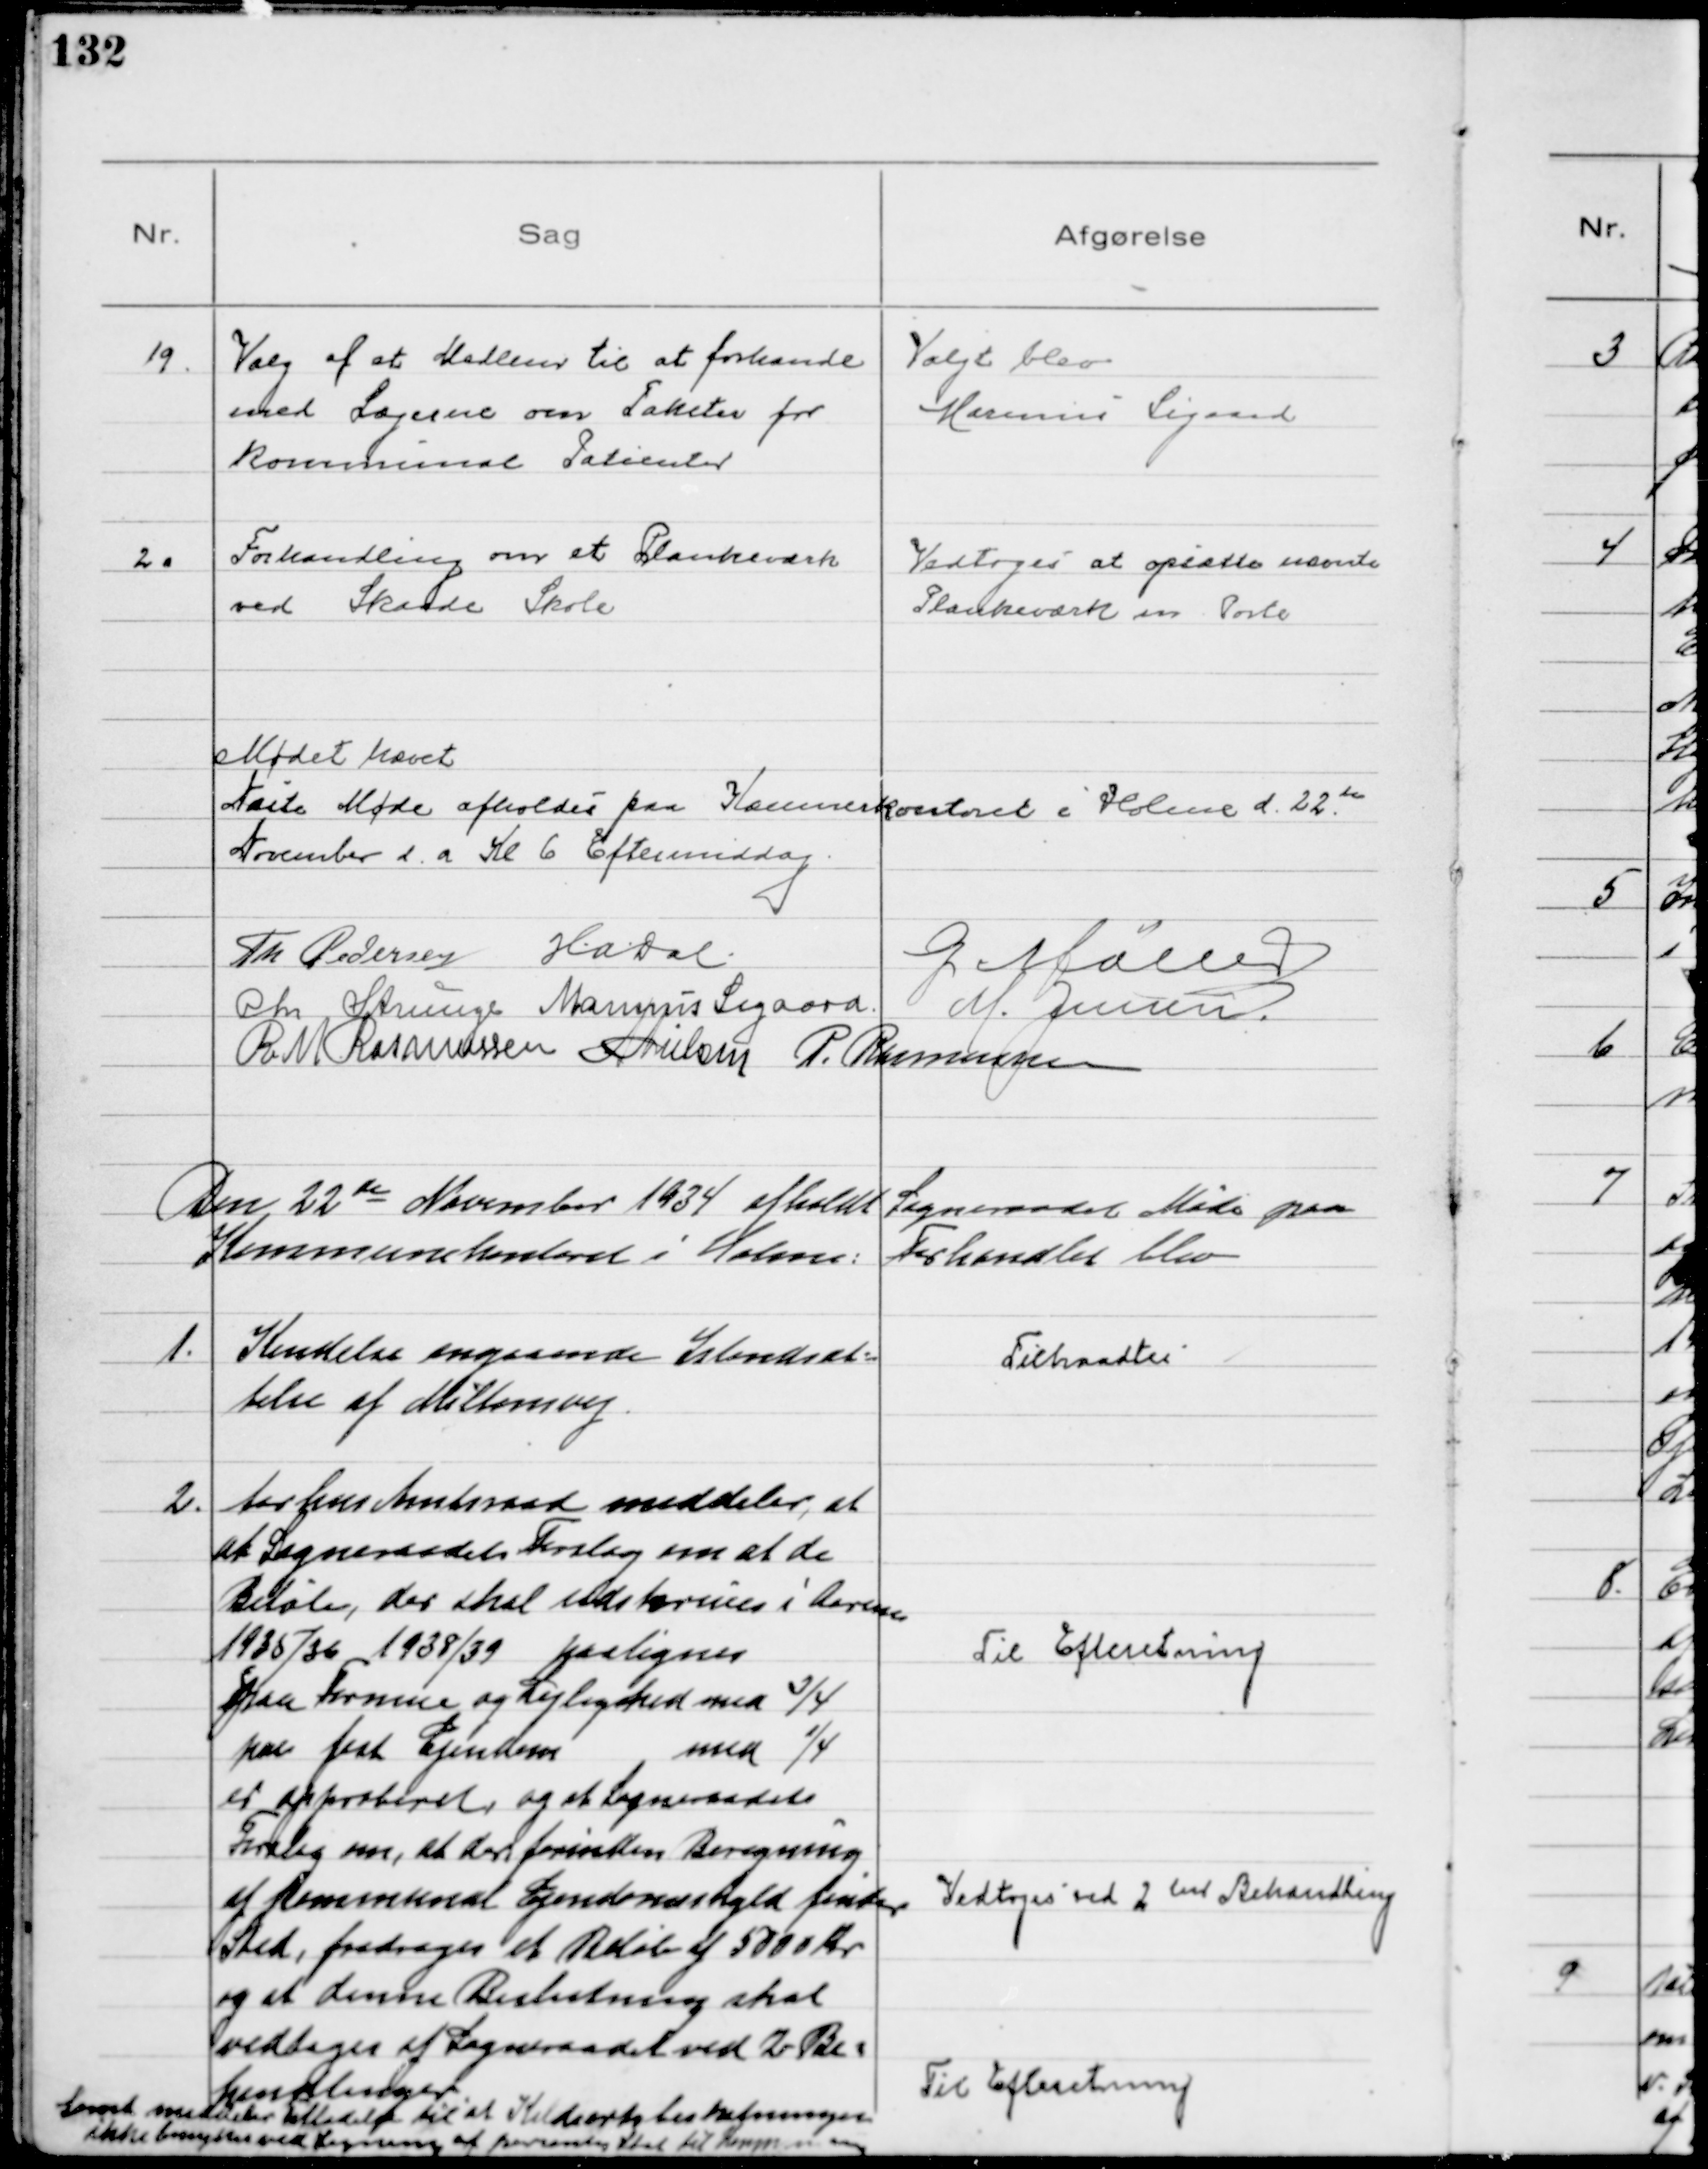
Transskription:
19.
Valg af et Medlem til at forhandl
med Lægerne om Takster for
kommunal Patienter

Valgt blev
Marinus Sigaard

20
Forhandling om et Plankeværk
ved Skaade Skole

Vedtoges at opsætte nævnte
Plankeværk m Porte

Mødet hævet
Næste Møde afholdes paa Kommunekontoret i Holme d. 22de
November d. a. Kl 6 Eftermiddag
Th Pedersen H.A. Dal.
G Møller
Chr Strunge Marinus Sigaard M. Jensen
R M Rasmussen N Nielsen P. Rasmussen

Den 22de November 1934 afholdt Sogneraadet Møde paa
Kommunekontoret i Holme: Forhandlet blev

1.
Kendelse angaaende Istandsæt=
telse af Miltonsvej.

Tiltraadtes

2.
Aarhus Amtsraad meddeler, at
at Sogneraadets Forslag om at de
Beløb, der skal udskrives i Aarene
1935/36 1938/39 paalignes
paa Formue og Lejlighed med ¾
paa fast Ejendom med ¼
er approberet, og at Sogneraadets
Forslag om, at der forinden Beregning
af Kommunal Ejendomsskyld finder
Sted, fradrages et Beløb af 5000 Kr
og at denne Beskatning skal
vedtages af Sogneraadet ved 2 Be=
handlinger.
Samt meddeler Tilladelse til at Kildeartsbeskatningen
ikke benyttes ved Ligning af personlig Skat til Kommunen

Til Efteretning

Vedtoges ved 2den Behandling

Til Efteretning